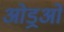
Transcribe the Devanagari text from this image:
ओड्रओं